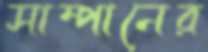
সাম্পানের